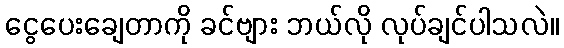
ငွေပေးချေတာကို ခင်ဗျား ဘယ်လို လုပ်ချင်ပါသလဲ။